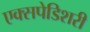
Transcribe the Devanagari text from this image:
एक्सपेडिशरी